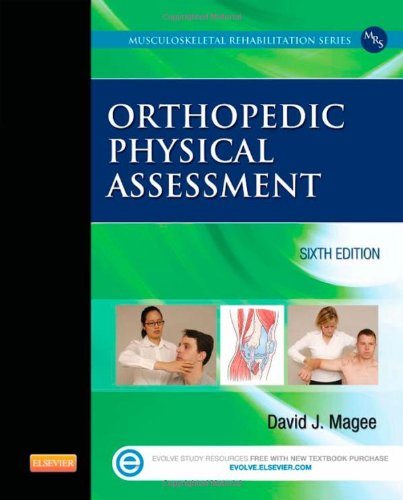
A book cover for Orthopedic Physical Assessment, 6e (Musculoskeletal Rehabilitation); David J. Magee BPT  PhD  CM; Medical Books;